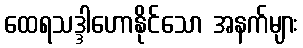
ထေရသဒ္ဒါဟောနိုင်သော အနက်များ